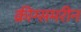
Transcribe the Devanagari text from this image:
क्रीग्समरीन